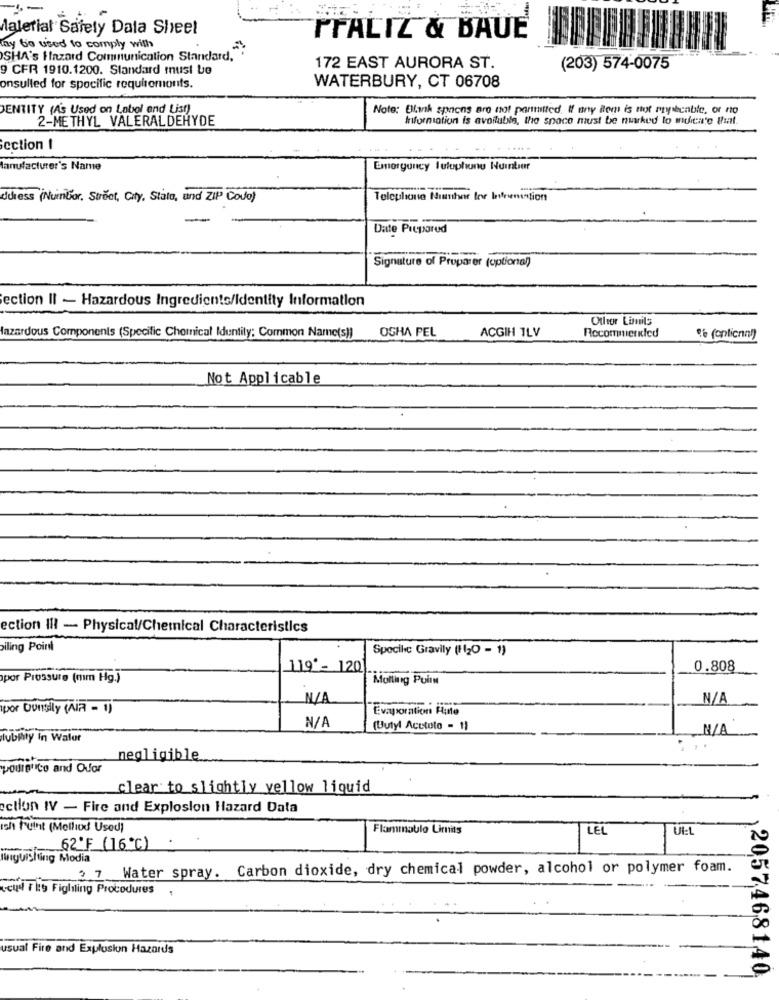
.-
Material Safety Data Sheet
PrALIZ & BAUE
hy be used to comply with
SHA's Hazard Communication Standard."
9 CFR 1910.1200. Standard must be
172 EAST AURORA ST.
(203) 574-0075
onsulled for spocific requirements.
WATERBURY, CT 06708
DENTITY (A's Used on Labol and List)
Note: Blank spoons are not permitted. If any item is tot enpibcable, or no
2-METHYL VALERALDEHYDE
Information is available, the space must be nurked to mubien'e that
section I
Manufacturer's Name
Emergency Suluphone Number
duress (Nuintor, Strčet, City, State, und ZIP Codo)
Telephone Number for barnation
Date Prepared
Signature of Proparer (optional)
ection II - Hazardous Ingredients/Identity Information
Other Limits
OSHA PEL
ACGIH TLV
Recommerkled
Hazardous Components (Specific Chemical Identity; Common Name(s))
Not Applicable
ection INI - Physical/Chemical Characteristics
iling Point
Spocikc Gravily (1120 - 1)
119'- 120
0.808
por Prossure (mm Hg.)
Mulling Puits
por Donsily (AIR - 1)
Evaporation Hite
(Butyl Acctoto - 1)
lubility in Wafor
negligible
pourance and Oufor
clear to slightly yellow liquid
ection IV - Fire and Explosion Hazard Data
Ich Punt (Molliod Used)
Flammable Limits
LEL
UL:L
52º F (16℃)
linguishting Modia
3 7 Water spray. Carbon dioxide, dry chemical powder, alcohol or polymer foam.
rey Fity Figliling Procedures
usual Fire and Explosion Hazards
2057468140